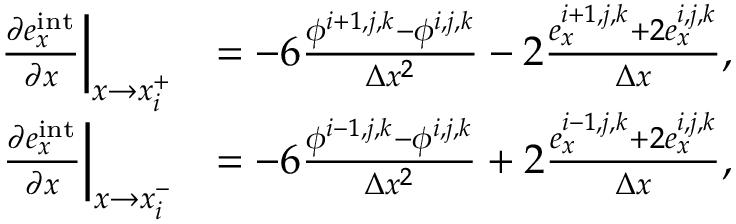
\begin{array} { r l } { \left. \frac { \partial e _ { x } ^ { \mathrm { i n t } } } { \partial x } \right| _ { x \to x _ { i } ^ { + } } } & { = - 6 \frac { \phi ^ { i + 1 , j , k } - \phi ^ { i , j , k } } { \Delta x ^ { 2 } } - 2 \frac { e _ { x } ^ { i + 1 , j , k } + 2 e _ { x } ^ { i , j , k } } { \Delta x } , } \\ { \left. \frac { \partial e _ { x } ^ { \mathrm { i n t } } } { \partial x } \right| _ { x \to x _ { i } ^ { - } } } & { = - 6 \frac { \phi ^ { i - 1 , j , k } - \phi ^ { i , j , k } } { \Delta x ^ { 2 } } + 2 \frac { e _ { x } ^ { i - 1 , j , k } + 2 e _ { x } ^ { i , j , k } } { \Delta x } , } \end{array}